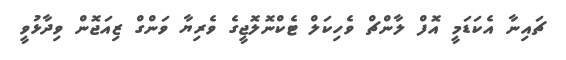
ޗައިނާ އެކަޑަމީ އޮފް ލާންޗް ވެހިކަލް ޓެކްނޮލޮޖީގެ ވެރިޔާ ވަންގް ޒިއަޖޮން ވިދާޅުވީ